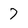
Character: 7